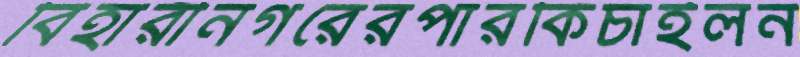
বিহারীনগরেরপারকিচাইলন